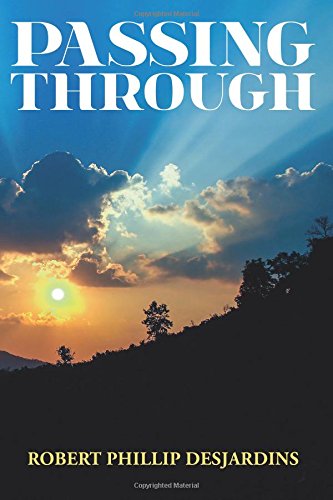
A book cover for Passing Through; mr robert phillip desjardins; Literature & Fiction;